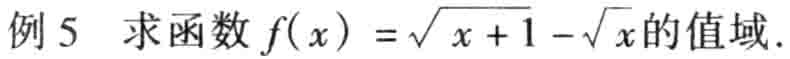
例 5 求函数 \(f(x)=\sqrt{x + 1}-\sqrt{x}\) 的值域.